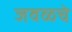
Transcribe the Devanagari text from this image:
जवळ्चे